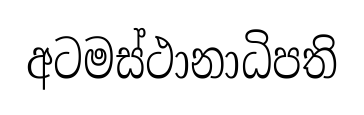
අටමස්ථානාධිපති